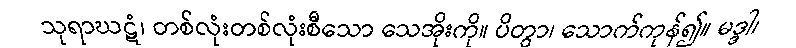
သုရာဃဋံ၊ တစ်လုံးတစ်လုံးစီသော သေအိုးကို။ ပိတွာ၊ သောက်ကုန်၍။ မဒ္ဒါ၊